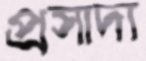
প্রসাদা